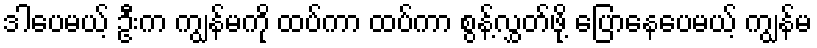
ဒါပေမယ့် ဦးက ကျွန်မကို ထပ်ကာ ထပ်ကာ စွန့်လွှတ်ဖို့ ပြောနေပေမယ့် ကျွန်မ